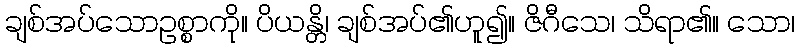
ချစ်အပ်သောဥစ္စာကို။ ပိယန္တိ၊ ချစ်အပ်၏ဟူ၍။ ဇိဂီသေ၊ သိရာ၏။ သော၊